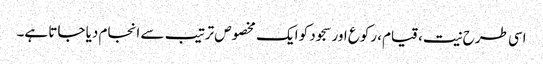
اسی طرح نیت، قیام، رکوع اور سجود کو ایک مخصوص ترتیب سے انجام دیا جاتا ہے۔